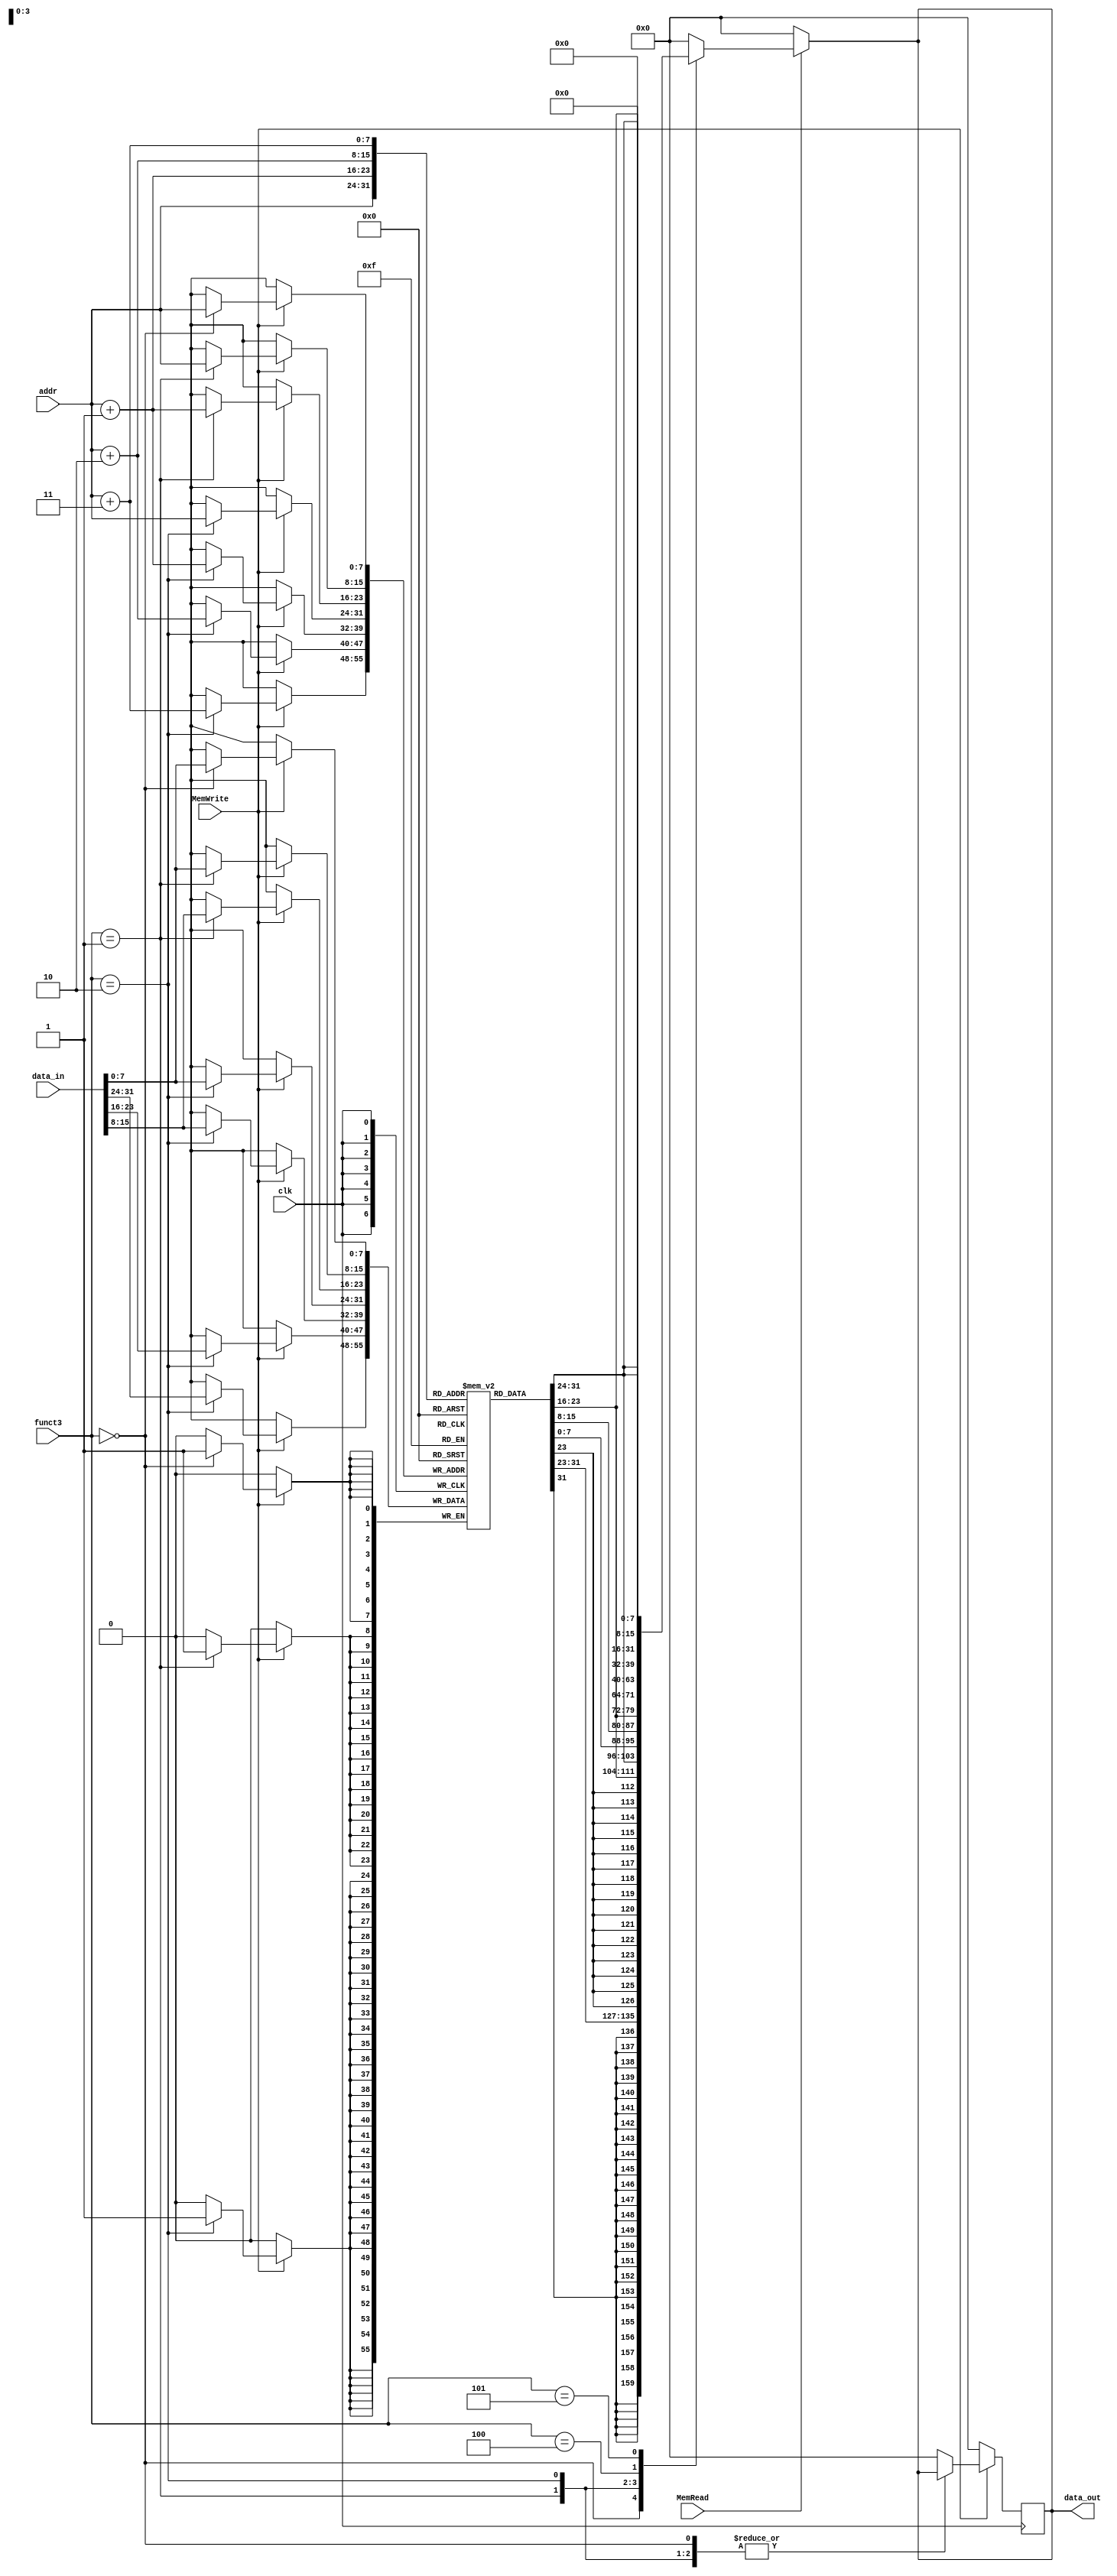
`timescale 1ns / 1ps
//////////////////////////////////////////////////////////////////////////////////
// Company: 
// Engineer: 
// 
// Design Name: 
// Module Name: DataMem
// Project Name: 
// Target Devices: 
// Tool Versions: 
// Description: 
// 
// Dependencies: 
// 
// Revision:
// Revision 0.01 - File Created
// Additional Comments:
// 
//////////////////////////////////////////////////////////////////////////////////



module DataMem (input clk, input MemRead, input MemWrite,input [7:0] addr, input [2:0] funct3,input [31:0] data_in, output reg [31:0] data_out);
    reg [7:0] mem [0:255]; // what is max capacity that FBGA can load and store. 
  
        // load word 


    initial begin 
        mem[0]=8'd17; 
        mem[1]=8'd0;
        mem[2]=8'd0; 
        mem[3]=8'd0;
        mem[4]=8'd9;
        mem[5]=0;
        mem[6]=0;
        mem[7]=0;
        mem[8]=8'd25;
        mem[9]=0;
        mem[10]=0;
        mem[11]=0;
        mem[12]=8'd10;
        mem[13]=8'd11;
    end
    always @(*) begin 

        if(MemRead)
        begin 

            case(funct3) // little endian 
            3'b000:  data_out = {{24{mem[addr][7]}},{mem[addr]}};  //lb
            3'b001:  data_out = {{16{mem[addr+1][7]}},mem[addr+1], mem[addr]}; //halfw
            3'b010:  data_out = {mem[addr+3],mem[addr+2], mem[addr+1], mem[addr]}; 
            3'b100:  data_out = {{24{1'b0}},mem[addr]};// lbu 
            3'b101:  data_out = {{16{1'b0}},mem[addr+1],mem[addr]};// lhu  
            default: data_out = 32'b0;    
            endcase

        end
        else 
            data_out = 32'b0; 
        
        end


        // store word 
        always @(posedge clk) begin 

        if(MemWrite)
        begin 
            case(funct3)
            3'b000: mem[addr] = data_in[7:0]; //sb
            3'b001: {mem[addr+1],mem[addr]} = data_in[16:0];//sh
            3'b010: {mem[addr+3], mem[addr+2],mem[addr+1],mem[addr]}= data_in; // sword 
            default : data_out = 32'b0; 
            endcase
        end
        else 
            data_out = 32'b0; 
        end


endmodule